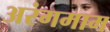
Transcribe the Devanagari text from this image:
अरंगमाम